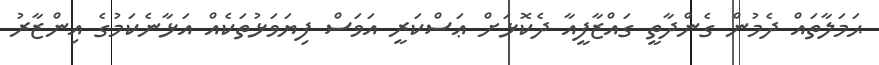
ޙަމަލާތައް ދެމުން ގެންދާތީ ގައްޒާފީއާ ދެކޮޅަށް ޢަސްކަރީ އަވަސް ފިޔަވަޅުތަކެއް އަޅާނެކަމުގެ އިންޒާރު